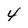
Character: 4